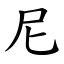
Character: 尼